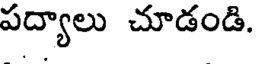
పద్యాలు చూడండి.